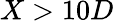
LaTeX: X>10D